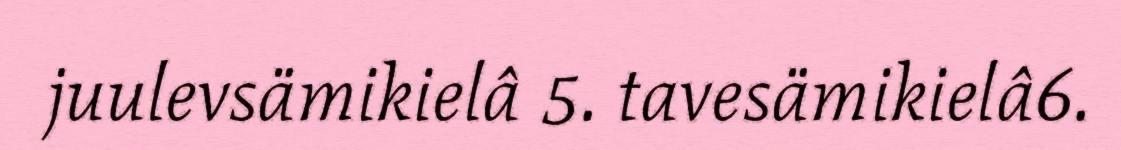
juulevsämikielâ 5. tavesämikielâ6.